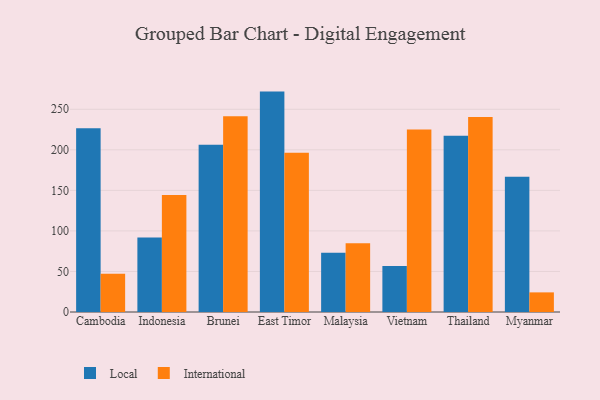
{"axis": {"x": "Country", "y": "Customer Acquisition Cost (USD)"}, "legend": ["International", "Local"], "data": [{"x": "Cambodia", "y": 226.5, "type": "Local"}, {"x": "Cambodia", "y": 47.3, "type": "International"}, {"x": "Indonesia", "y": 91.9, "type": "Local"}, {"x": "Indonesia", "y": 144.4, "type": "International"}, {"x": "Brunei", "y": 206.4, "type": "Local"}, {"x": "Brunei", "y": 241.5, "type": "International"}, {"x": "East Timor", "y": 271.8, "type": "Local"}, {"x": "East Timor", "y": 196.5, "type": "International"}, {"x": "Malaysia", "y": 73.0, "type": "Local"}, {"x": "Malaysia", "y": 84.8, "type": "International"}, {"x": "Vietnam", "y": 56.8, "type": "Local"}, {"x": "Vietnam", "y": 225.0, "type": "International"}, {"x": "Thailand", "y": 217.4, "type": "Local"}, {"x": "Thailand", "y": 240.4, "type": "International"}, {"x": "Myanmar", "y": 166.7, "type": "Local"}, {"x": "Myanmar", "y": 24.2, "type": "International"}]}